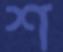
শ